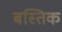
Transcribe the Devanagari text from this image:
बस्तिक